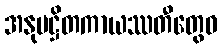
အနုပဋ္ဌိတကာယဿတီတွေဝ